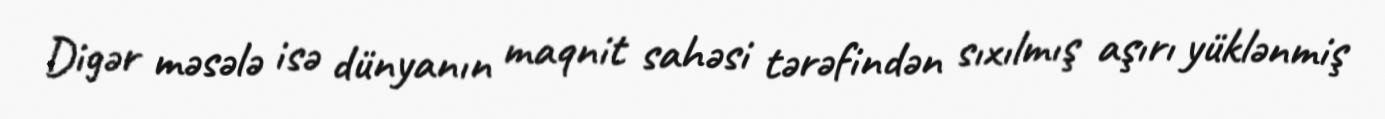
Digər məsələ isə dünyanın maqnit sahəsi tərəfindən sıxılmış aşırı yüklənmiş